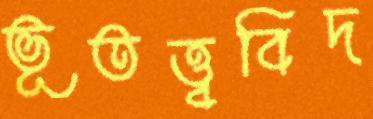
ভূতত্ত্ববিদ